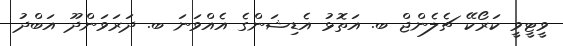
ވީޓީވީ ކަރޯކޭ ޗެލެންޖް ބ. އަތޮޅު އެޑިޝަންގެ އެއްވަނަ ބ. ދަރަވަންދޫ އަބްދު